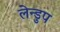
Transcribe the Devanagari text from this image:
लेन्डुप